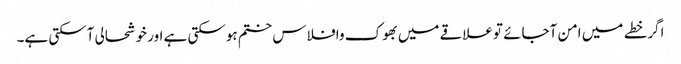
اگرخطے میں امن آجائے توعلاقے میں بھوک وافلاس ختم ہوسکتی ہے اور خوشحالی آسکتی ہے۔